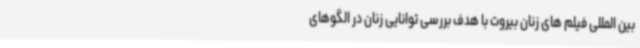
بین المللی فیلم های زنان بیروت با هدف بررسی توانایی زنان در الگوهای